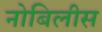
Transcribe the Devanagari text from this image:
नोबिलीस